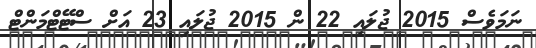
ނަމަވެސް 2015 ޖުލައި 22 ން 2015 ޖުލައި 23 އަށް ސްޓޭޓްމަންޓް